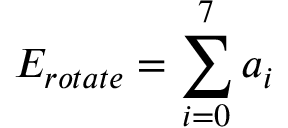
E _ { r o t a t e } = \sum _ { i = 0 } ^ { 7 } a _ { i }